Reports on dispensaries and lunatic asylums in the Province of Oudh - 1869-1876
Year: 1869
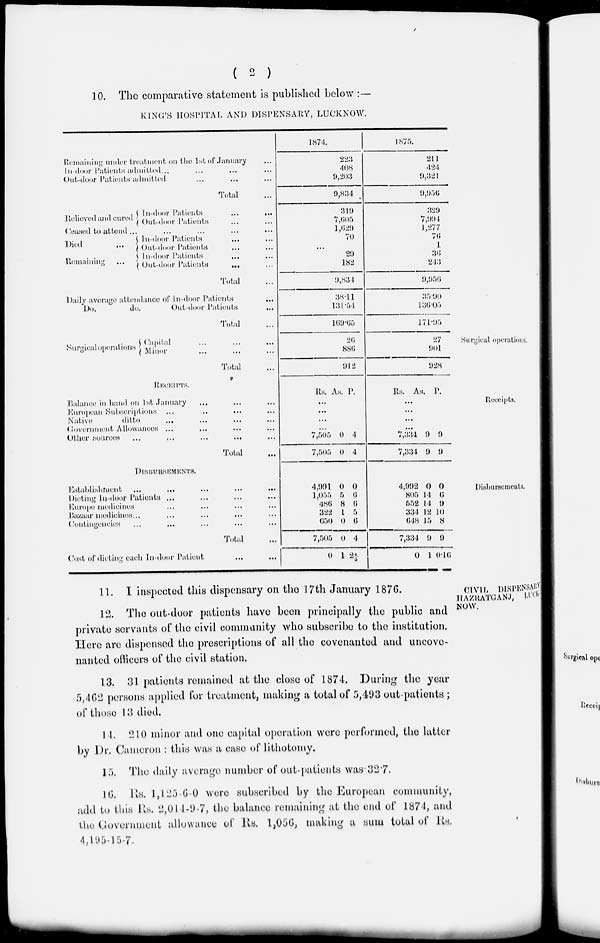
( 2 )
10. The comparative statement is published below :—
KING'S HOSPITAL AND DISPENSARY, LUCKNOW.
Remaining under treatment on the 1st of January ...
In door Patients admitted... ... ... ...
Out-door Patients admitted ... ... ...
Total ...
Relieved and cured
In-door Patients
...
...
Out-door Patients ... ...
Ceased to attend ... ... ... ... ...
Died ...
Remaining
In-door Patients ... ..
Out-door Patients ... ...
In-door Patients ... ...
Out-door Patients ... ...
Total ...
Daily average attendance of In-door Patients ...
Do.
do.
Out-door Patients
...
Total ...
1874.
223
408
9,203
9,834
319
7,605
1,629
70
...
29
182
9,834
38.11
131.54
169.65
1875.
211
424
9,321
9,956
329
7,994
1,277
76
1
36
243
9,956
35.90
136.05
171.95
Surgical operations.
Surgical operations
Capital
...
...
...
Minor ... ... ...
Total
26
886
912
27
901
928
Receipts.
RECEIPTS.
Balanee in hand on 1st January … … …
European Subscriptions … … … …
Native
ditto … … … …
Government Allowances ... … … …
Other sources
…
…
…
…
…
Total
…
Rs. As. P.
…
...
…
…
7,505
7,505
0
0
4
4
Rs.
As. P.
...
…
…
…
7,334
7,334
9
9
9
9
Disbursements.
DISBURSEMENTS.
Establishment
…
…
…
…
…
Dieting In-door Patients … … … …
Europe medicines ... ... ... ...
Bazaar medicines
…
…
…
…
…
Contingencies … … … … …
Total …
Cost of dieting each In-door Patient
…
…
4,991
1,055
486
322
650
7,505
0
0
5
8
1
0
0
1
0
6
6
5
6
4
2 4/5
4,992
805
552
334
648
7,334
0
0
14
14
12
15
9
1
0
6
0
10
8
9
0.16
CIVIL DISPENSARY
HAZRATGANJ, LUCK-
NOW.
11. I inspected this dispensary on the 17th January 1876.
12. The out-door patients have been principally the public and
private servants of the civil community who subscribe to the institution.
Here are dispensed the prescriptions of all the covenanted and uncove-
nanted officers of the civil station.
13. 31 patients remained at the close of 1874. During the year
5,462 persons applied for treatment, making a total of 5,493 out-patients ;
of those 13 died.
14. 210 minor and one capital operation were performed, the latter
by Dr. Cameron : this was a case of lithotomy.
15. The daily average number of out-patients was 32.7.
16. Rs. 1,125-6-0 were subscribed by the European community,
add to this Rs. 2,014-9-7, the balance remaining at the end of 1871, and
the Government allowance of Rs. 1,056, making a sum total of Rs.
4,195-15-7.